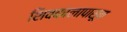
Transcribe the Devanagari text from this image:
शिवकालापासून